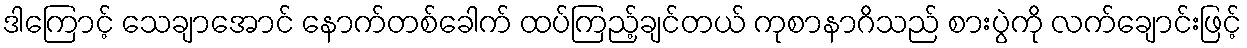
ဒါကြောင့် သေချာအောင် နောက်တစ်ခေါက် ထပ်ကြည့်ချင်တယ် ကုစာနာဂိသည် စားပွဲကို လက်ချောင်းဖြင့်